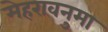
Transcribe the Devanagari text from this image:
मेहरावनुमा